King Institute of Preventive Medicine Micro-Biological Section reports 1909-11
Year: 1909
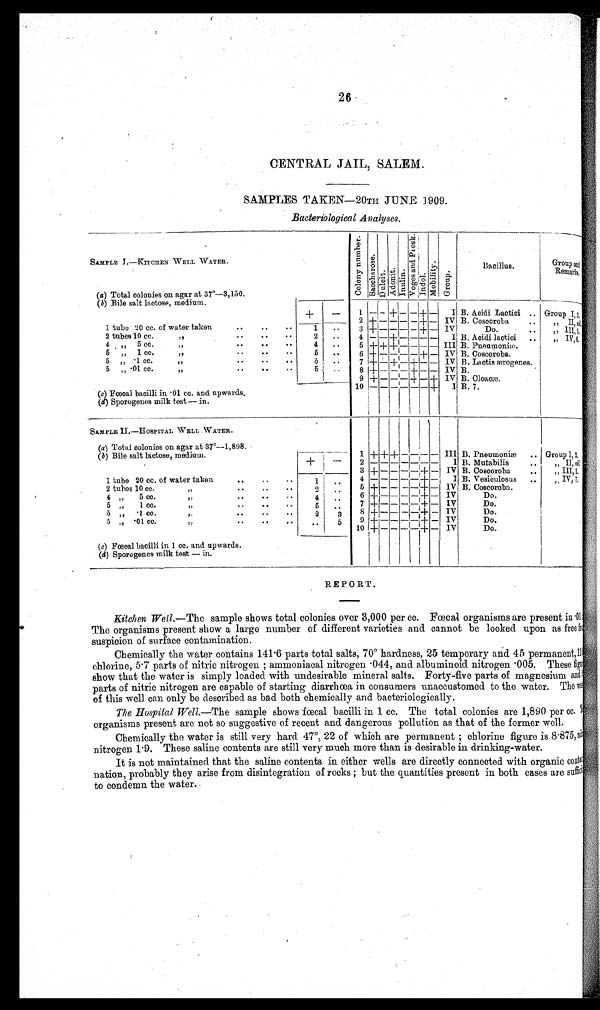
26
CENTRAL JAIL, SALEM.
SAMPLES TAKEN—20TH JUNE 1909.
Bacteriological Analyses.
SAMPLE I.—KITCHEN WELL WATER.
C o l o n y n u m b e r
Sa c c ha r os e
Dul ci t Adoni t Inulin
V o g g e s a n d P r o s k
Indol Mo b i l i t y
Group
Bacillus.
Group anI
Remarks.
(a) Total colonies on agar at 37°—3,150.
( b) Bile salt lactose, medium.
1 — —
+
— —
+
—
I B. Acidi Lactici .. Group I
3
2 + — — —
—
+ — IV B. Coscoroba
• •
II
n i l
1 tube 20 cc.
____. —o_
of water taken
..
..
..
1
..
3 + — — — — + -
—
IV
Do.
III,1
1
2 tubes 10 cc.
..
..
..
2
..
4 — — + — I —
—
— —
I
• •
•
B. Acidi lactici
..
IV,6
6
4 „ 5 cc.
••
••
••
4
..
5 + + + — — — — III B. Pneumoniae.
5 „ 1 cc.
,
..
..
..
5
• •
6 +
— —
— — + — IV 13. Coscoroba.
5 „ -1 cc.
..
..
..
5
..
7 + _
—
+
—
+ — — IV B. Lactis aerogenes.
5 „ -01 cc.
..
.,.
.
5- •
8 +
—
-
— —
+
—
— IV B.
9 +
— —
+
—
+ IV B. Cloacae.
(c) Foecal bacilli in • 01 cc. and upwards.
10 — — — — —1—
—
+
I B. 7.
(d) Sporogenes milk test — in.
1
1
— • --
—
SAMPLE II.—HOSPITAL WELL WATER.
.
I
(a) Total colonies on agar at 37°—1,898.
______ _
(b) Bile salt lactose, medium.
1 + + + — — -- — III B. Pneumoniae . . Group I
,2,
+ —
2
— — — — — — —
I B. Mutabilis
..
„ II
n i l
3 +
—
—
— —
+ — IV B. Coscoroba,
IlI,1,
1
1 tube 20 cc. of water taken
• •
• .
••
1
4
—
— — — —
—
—
I
• •
B. Vesibulosus
• •
„
IV,
d
2 tubes 10 cc.
..
31
• •
..
..
2
.,
..
5 +
—
— — — + — IV. B. Coscoroba.
,_
4 „
5 cc.
•
•
• •
• •
4 I ..
6 +
— —
—
—
+ — IV
Do.
5 „
1 cc.
..
..
..
5
7 + — —
— —
+ — IV
Do.
5 „ .1 cc.
2•
..
2
8 + — —
— —
+ — IV
Do.
5 „ • 01 cc.
31..
..
..
5
9 + — —
— —
+ — IV
Do.
..
10 +
— — —
— I-Hd- + — IV
Do.
( c) Foecal bacilli in 1 cc. and. upwards.
(d) Sporogenes milk test — in.
1
REPORT
Kitchen Well.—The sample shows total colonies over 3,000 per cc. Fœcal organisms are present in.01
The organisms present show a large number of different varieties and cannot be looked upon as free from
suspicion of surface contamination.
Chemically the water contains 141.6 parts total salts, 70° hardness, 25 temporary and 45 permanent,l1
chlorine, 5.7 parts of nitric nitrogen; ammoniacal nitrogen • 044, and albuminoid nitrogen • 005. These figu
show that the water is simply loaded with undesirable mineral salts. Forty-five parts of magnesium and
parts of nitric nitrogen are capable of starting diarrhoea in consumers unaccustomed to the water. The
of this well can only be described as bad both chemically and bacteriologically.
The Hospital Well. —The sample shows foecal bacilli in 1 cc. The total colonies are 1,890 per cc.
organisms present are not so suggestive of recent and dangerous pollution as that of the former well.
Chemically the water is still very hard 47°, 22 of which are permanent ; chlorine figure is 8.875,nitric
nitrogen 1.9. These saline contents are still very much more than is desirable in drinking-water.
It is not maintained that the saline contents in either wells are directly connected. with organic co
nta
nation, probably they arise from disintegration of rocks but the quantities present in both cases are sufficient
to condemn the water..